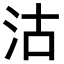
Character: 沽